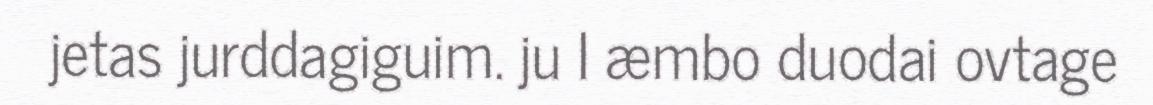
jetas jurddagiguim. ju I æmbo duodai ovtage